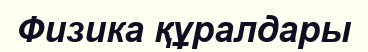
Физика құралдары